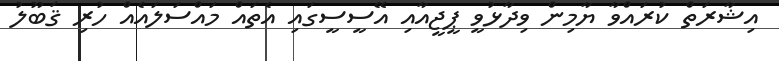
އިޝާރަތް ކުރައްވާ ޔާމިން ވިދާޅުވީ ޕީޖީއާއި އޭސީސީގައި އެތައް މައްސަލައެއް ހުރި ޤަބޫލު